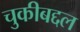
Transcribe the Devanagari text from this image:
चुकीबद्दल